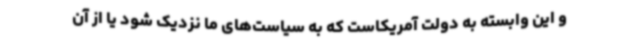
و این وابسته به دولت آمریکاست که به سیاست‌های ما نزدیک شود یا از آن